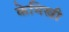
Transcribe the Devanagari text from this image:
केमिस्त्री